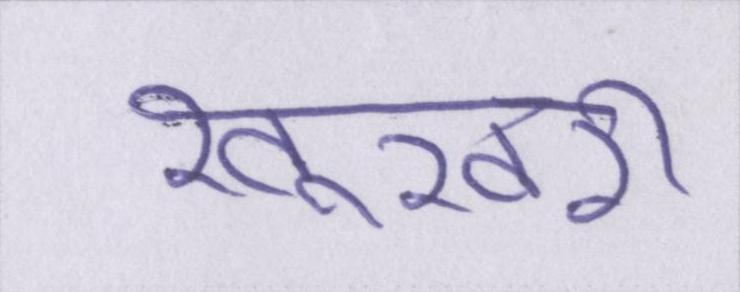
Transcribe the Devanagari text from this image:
खूखरी